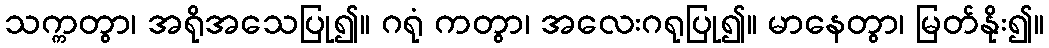
သက္ကတွာ၊ အရိုအသေပြု၍။ ဂရုံ ကတွာ၊ အလေးဂရုပြု၍။ မာနေတွာ၊ မြတ်နိုး၍။